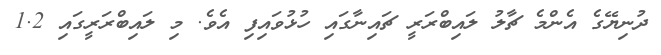
ދުނިޔޭގެ އެންމެ ޗާލު ލައިބްރަރީ ޗައިނާގައި ހުޅުވައިފި އެވެ. މި ލައިބްރަރީގައި 1.2